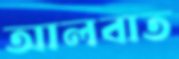
আলবাত